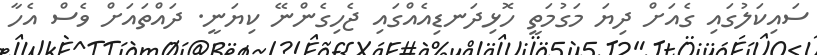
ސައިކަލުގައި ގެއަށް ދިޔަ މަގުމަތީ ހޮޅިދަނޑިއެއްގައި ޖެހިގެންނޭ ކިޔަނީ. ދައްތައަށް ވެސް އެހާ